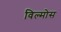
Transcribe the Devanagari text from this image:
विल्मोस